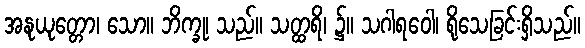
အနုယုတ္တော၊ သော။ ဘိက္ခု၊ သည်။ သတ္ထရိ၊ ၌။ သဂါရဝေါ၊ ရိုသေခြင်းရှိသည်။